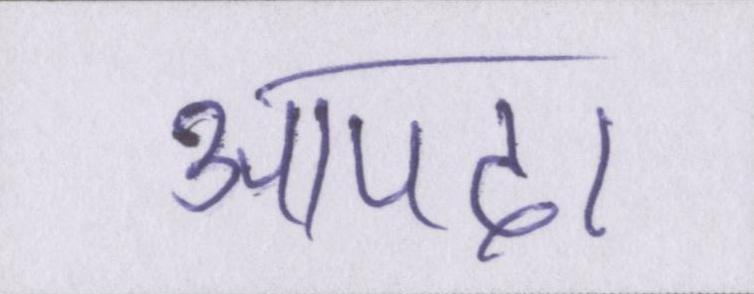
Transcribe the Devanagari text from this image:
आपदा